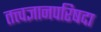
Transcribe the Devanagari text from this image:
तत्त्वज्ञानपरिषदा